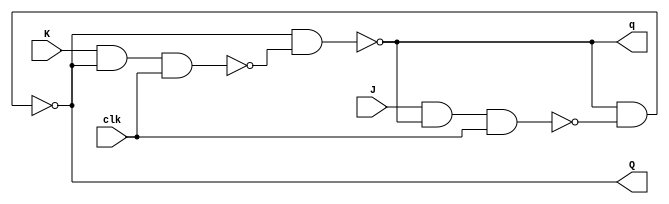
module JKFF(Q,q,J,K,clk);//jkflip-flop
input J,K,clk;
output Q,q;
wire w_s,w_r;

nand n1(w_s,J,q,clk);
nand n2(w_r,K,Q,clk);
nand ns(Q,q,w_s);
nand nr(q,Q,w_r);
endmodule